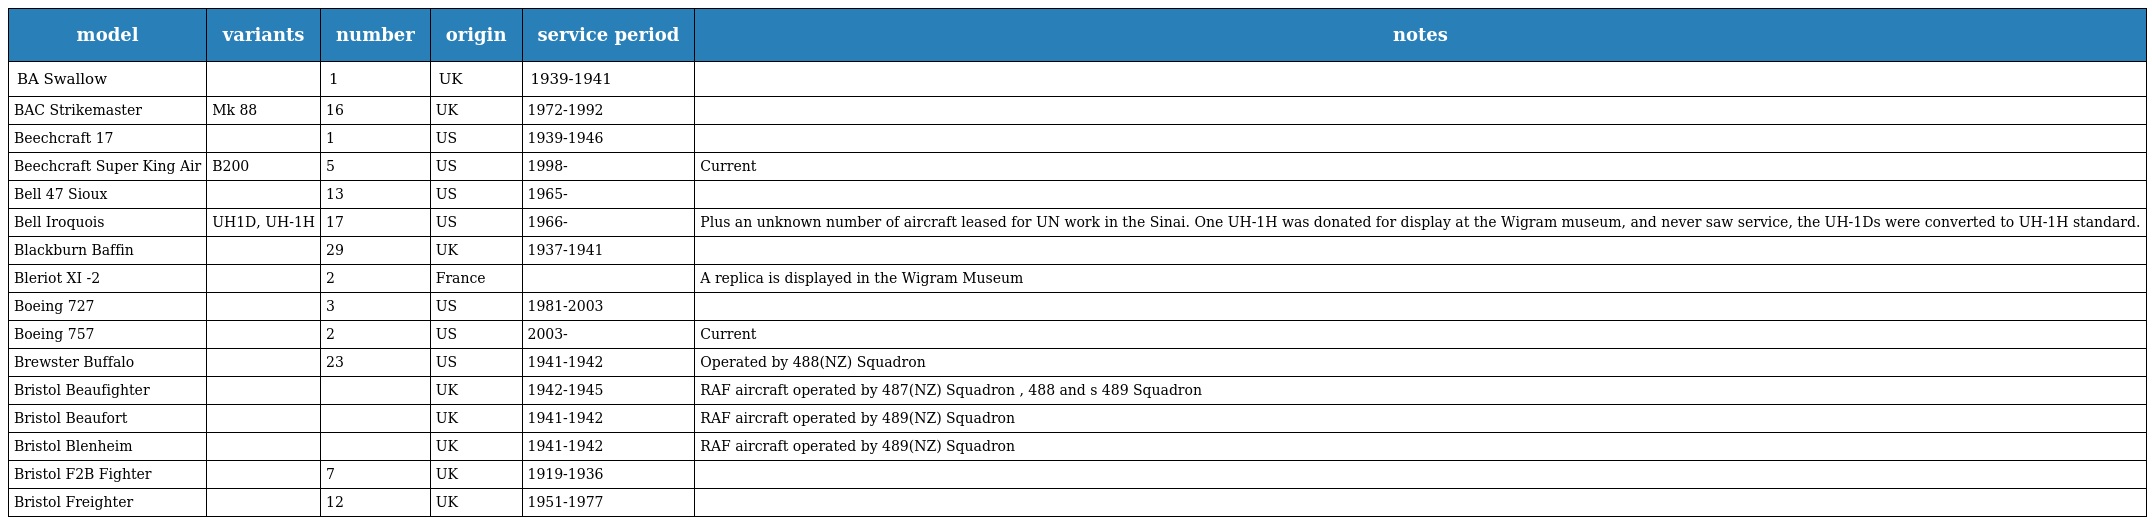
| model | variants | number | origin | service period | notes |
 | --- | --- | --- | --- | --- | --- |
 | BA Swallow |  | 1 | UK | 1939-1941 |  |
 | BAC Strikemaster | Mk 88 | 16 | UK | 1972-1992 |  |
 | Beechcraft 17 |  | 1 | US | 1939-1946 |  |
 | Beechcraft Super King Air | B200 | 5 | US | 1998- | Current |
 | Bell 47 Sioux |  | 13 | US | 1965- |  |
 | Bell Iroquois | UH1D, UH-1H | 17 | US | 1966- | Plus an unknown number of aircraft leased for UN work in the Sinai. One UH-1H was donated for display at the Wigram museum, and never saw service, the UH-1Ds were converted to UH-1H standard. |
 | Blackburn Baffin |  | 29 | UK | 1937-1941 |  |
 | Bleriot XI -2 |  | 2 | France |  | A replica is displayed in the Wigram Museum |
 | Boeing 727 |  | 3 | US | 1981-2003 |  |
 | Boeing 757 |  | 2 | US | 2003- | Current |
 | Brewster Buffalo |  | 23 | US | 1941-1942 | Operated by 488(NZ) Squadron |
 | Bristol Beaufighter |  |  | UK | 1942-1945 | RAF aircraft operated by 487(NZ) Squadron , 488 and s 489 Squadron |
 | Bristol Beaufort |  |  | UK | 1941-1942 | RAF aircraft operated by 489(NZ) Squadron |
 | Bristol Blenheim |  |  | UK | 1941-1942 | RAF aircraft operated by 489(NZ) Squadron |
 | Bristol F2B Fighter |  | 7 | UK | 1919-1936 |  |
 | Bristol Freighter |  | 12 | UK | 1951-1977 |  |